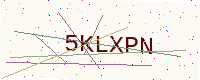
Text: 5KLXPN